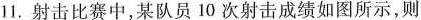
11.射击比赛中，某队员10次射击成绩如图所示，则